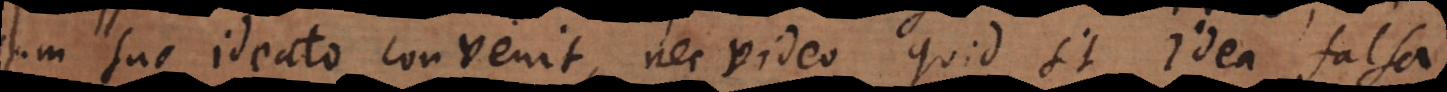
cum suo ideato convenit, nec video quid sit idea falsa.